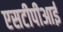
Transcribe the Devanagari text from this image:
एसटीपीआई